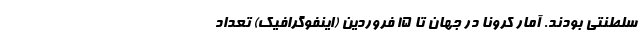
سلطنتی بودند. آمار کرونا در جهان تا ۱۵ فروردین (اینفوگرافیک) تعداد